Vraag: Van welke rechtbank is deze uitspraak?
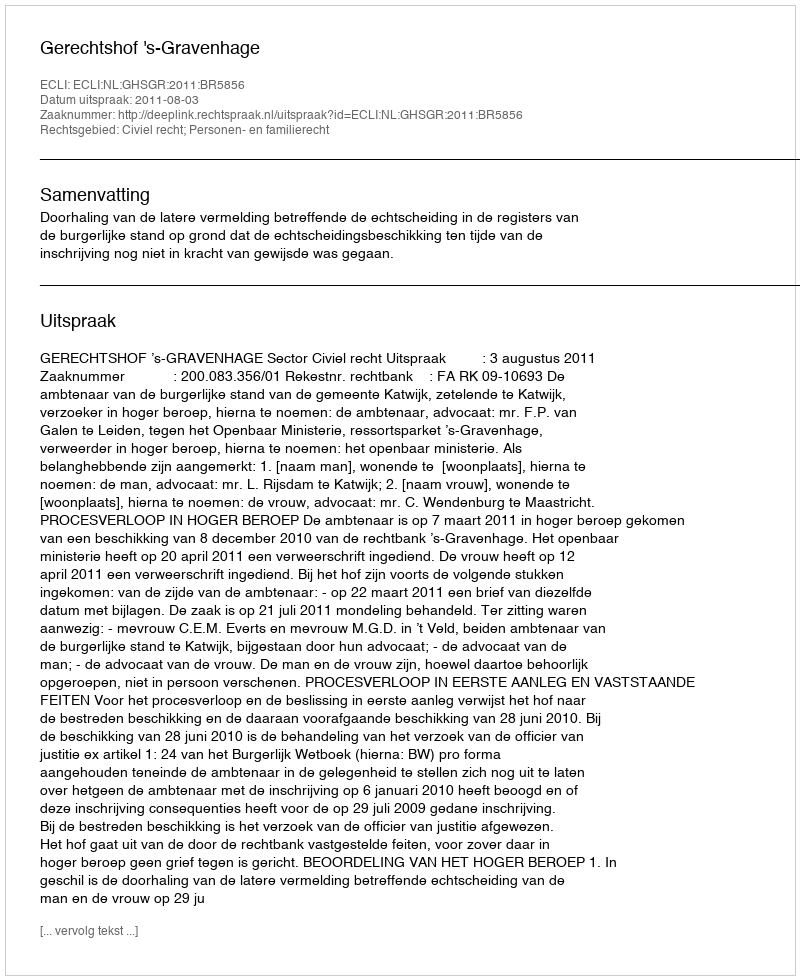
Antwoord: Gerechtshof 's-Gravenhage